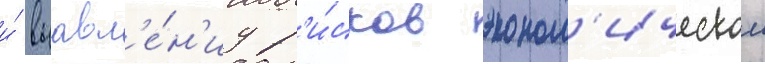
и́ выавл'е́н'иу р'и́сков эконом'ическои